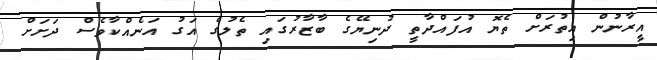
އީރާނުން އިތުރަށް ތެޔޮ އުފައްދާތީ ދުނިޔޭގެ ބާޒާރުގައި ތެލުގެ އަގު އަނެއްކާވެސް ދަށަށް